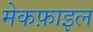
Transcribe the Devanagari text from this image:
मेकफ़ाइल